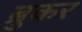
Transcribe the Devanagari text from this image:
ब्रुकर